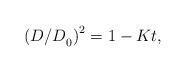
LaTeX: \begin{align*}{\left( {{{{D \mathord{\left/{\vphantom {D D}} \right.\kern-\nulldelimiterspace} D}}_0}} \right)^2} = 1 - Kt,\end{align*}